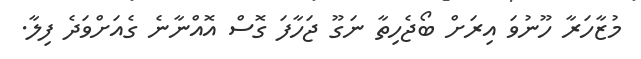
މުޒާހަރާ ހޫނުވަަ އިރަށް ބޯޖެހިތާ ނަގޫ ޖަހާފަ ގޮސް އޮއްނާނެ ގެއަށްވަދެ ފިލާ.